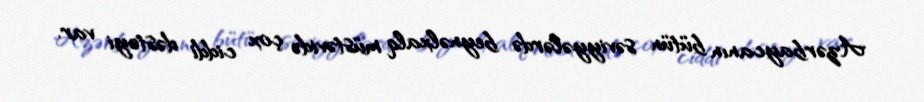
Azərbaycanın bütün səviyyələrdə beynəlxalq müstəvidə çox ciddi dəstəyi var.